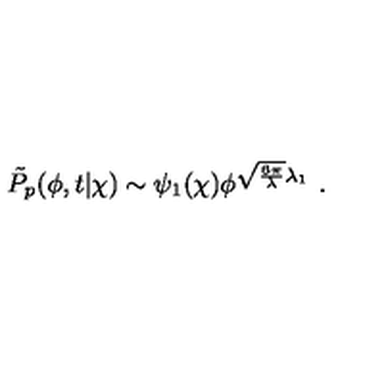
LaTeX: \tilde { P } _ { p } ( \phi , t | \chi ) \sim \psi _ { 1 } ( \chi ) \phi ^ { \sqrt { \frac { 6 \pi } { \lambda } } \lambda _ { 1 } } \ .